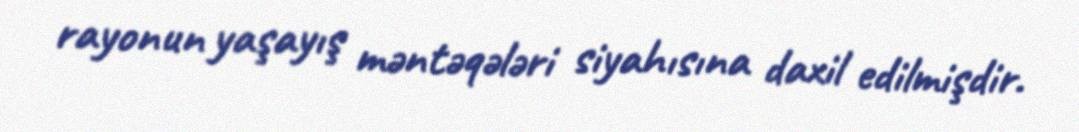
rayonun yaşayış məntəqələri siyahısına daxil edilmişdir.